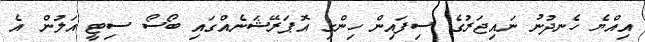
އިއްޔެ ހެނދުނު ނައިޖަރުގެ ސިފައިން ހިންގި އޮޕަރޭޝަނެއްގައި ބޯސޯ ސިޓީ އަލުން އެ